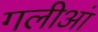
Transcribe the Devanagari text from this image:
गलीआं